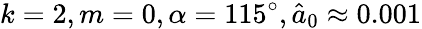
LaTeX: k=2,m=0,\alpha=115^{\circ},\hat{a}_{0}\approx 0.001